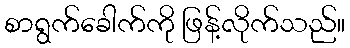
စာရွက်ခေါက်ကို ဖြန့်လိုက်သည်။